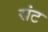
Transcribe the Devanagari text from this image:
संट